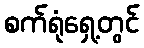
စက်ရုံရှေ့တွင်